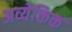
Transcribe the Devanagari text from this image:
अव्येक्तिक